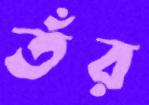
তঁর